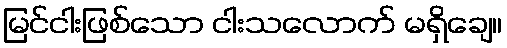
မြင်ငါးဖြစ်သော ငါးသလောက် မရှိချေ။